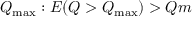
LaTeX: Q _ { \operatorname* { m a x } } : E ( Q > Q _ { \operatorname* { m a x } } ) > Q m